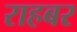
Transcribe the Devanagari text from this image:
राहबर